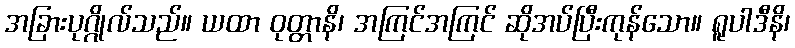
အခြားပုဂ္ဂိုလ်သည်။ ယထာ ဝုတ္တာနိ၊ အကြင်အကြင် ဆိုအပ်ပြီးကုန်သော။ ရူပါဒီနိ၊